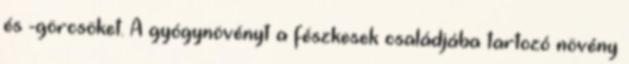
és -görcsöket. A gyógynövényt a fészkesek családjába tartozó növény